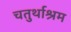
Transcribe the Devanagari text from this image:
चतुर्थाश्रम